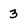
Character: 3